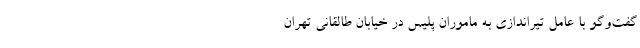
گفت‌و‌گو با عامل تیراندازی به ماموران پلیس در خیابان طالقانی تهران